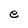
Character: e